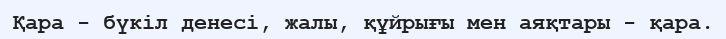
Қара - бүкіл денесі, жалы, құйрығы мен аяқтары - қара.